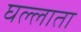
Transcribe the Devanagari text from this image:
घल्लाता